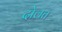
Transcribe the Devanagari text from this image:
दोलत